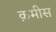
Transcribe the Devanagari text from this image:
क़मीस